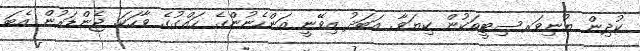
ކުދިން ޔުނިވަރސިޓީތަކުން ކިޔަވާ. އަބަދު އިވޭނީ އަންހެނުންގެ ހައްގުގެ ވާހަކަ. ޖެންޑަރުން އެބަ